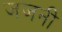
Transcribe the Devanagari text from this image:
जजनी